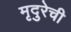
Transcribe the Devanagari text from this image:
मृदुरेची